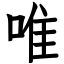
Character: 唯